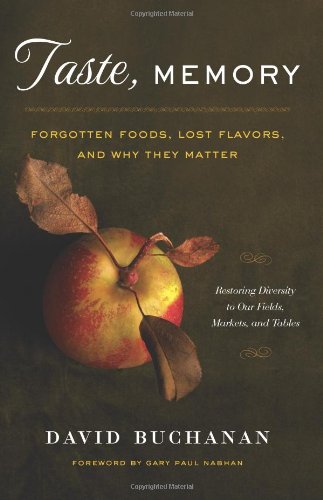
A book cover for Taste, Memory: Forgotten Foods, Lost Flavors, and Why They Matter; David Buchanan; Crafts, Hobbies & Home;